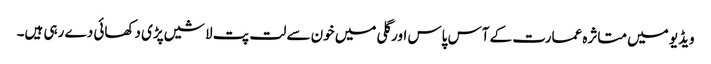
ویڈیو میں متاثرہ عمارت کے آس پاس اور گلی میں خون سے لت پت لاشیں پڑی دکھائی دے رہی ہیں۔